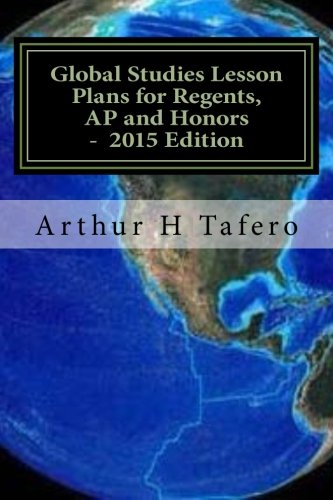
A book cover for Global Studies Lesson Plans for Regents, AP and Honors -  2015 Edition: With Full Exams; Arthur H Tafero; Test Preparation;